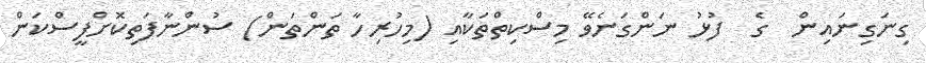
ގިނަގިނައިން  ގެ  ފުޅު ނަންގަނެވޭ މިސްކިތްތަކާއި (މިހުރިހާ ތަންތަން) ސުންނާފަތިކޮށްފީސްކަން